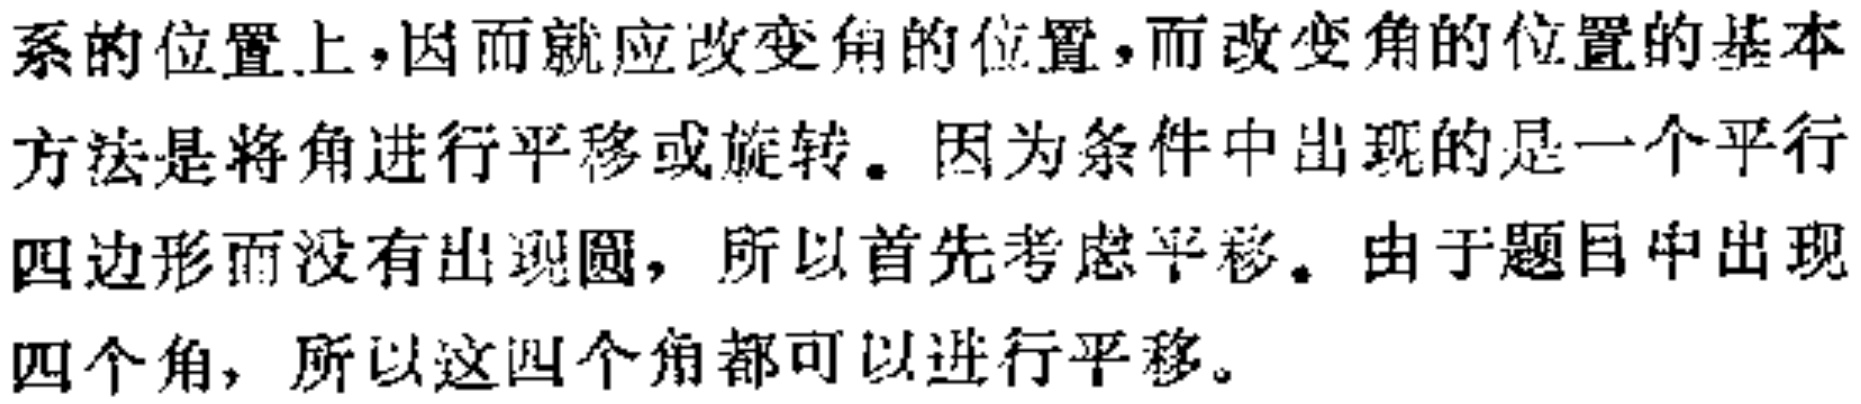
系的位置上，因而就应改变角的位置，而改变角的位置的基本
方法是将角进行平移或旋转。因为条件中出现的是一个平行
四边形而没有出现圆，所以首先考虑平移。由于题目中出现
四个角，所以这四个角都可以进行平移。